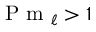
\textrm { P m } _ { \ell } > 1